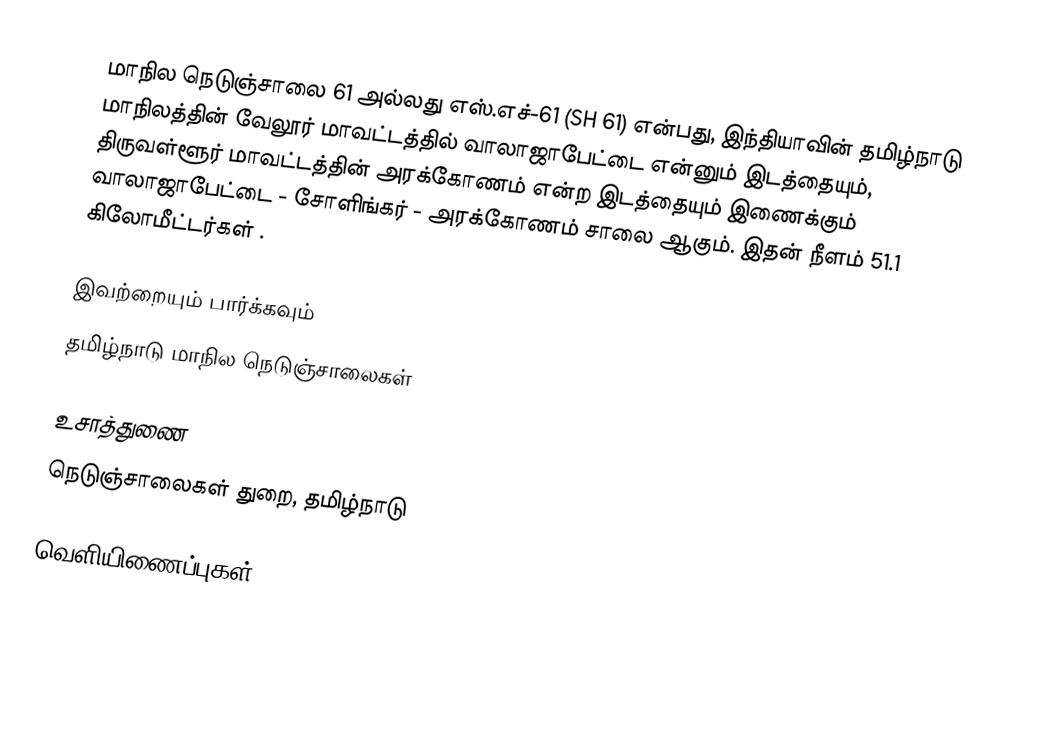
மாநில நெடுஞ்சாலை 61 அல்லது எஸ்.எச்-61 (SH 61) என்பது, இந்தியாவின் தமிழ்நாடு மாநிலத்தின் வேலூர் மாவட்டத்தில் வாலாஜாபேட்டை என்னும் இடத்தையும், திருவள்ளூர் மாவட்டத்தின் அரக்கோணம் என்ற இடத்தையும் இணைக்கும் வாலாஜாபேட்டை - சோளிங்கர் - அரக்கோணம் சாலை ஆகும். இதன் நீளம் 51.1  கிலோமீட்டர்கள் .

இவற்றையும் பார்க்கவும்
 தமிழ்நாடு மாநில நெடுஞ்சாலைகள்

உசாத்துணை
 நெடுஞ்சாலைகள் துறை, தமிழ்நாடு

வெளியிணைப்புகள்